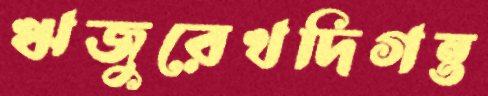
ঋজুরেখদিগন্ত